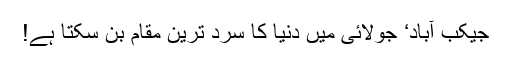
جیکب آباد‘ جولائی میں دنیا کا سرد ترین مقام بن سکتا ہے!